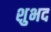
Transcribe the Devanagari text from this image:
शुभद